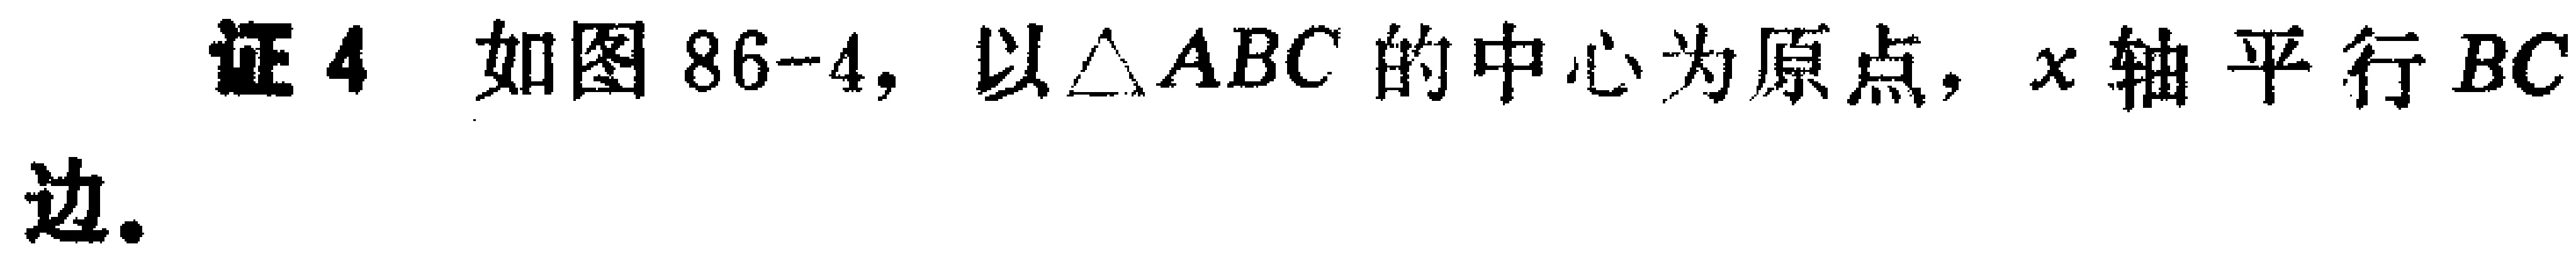
证4 如图86-4，以$\triangle ABC$的中心为原点，$x$轴平行$BC$边.